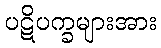
ပဋိပက္ခများအား